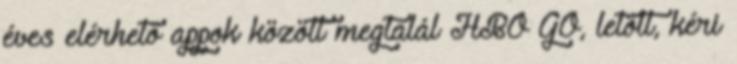
éves elérhető appok között megtalál HBO GO, letölt, kéri